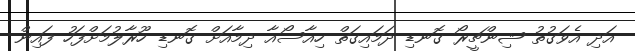
އަދި އެވަގުތު ޝިންޗީރޯ ގޮނޑި ދަމައިގަތް ހިއާސޯއާ ދިމާއަށް ގޮނޑި ހޫރާލުމަށްފަހު ފައިން